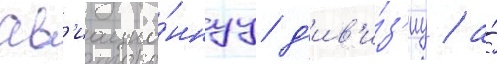
ав'иацио́ннуу д'ив'и́з'иу / а́